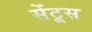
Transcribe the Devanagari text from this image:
सेंटूस